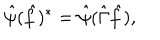
\hat { \psi } ( \hat { f } ) ^ { * } = \hat { \psi } ( \hat { \Gamma } \hat { f } ) ,